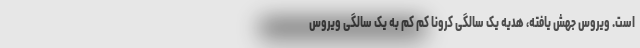
است. ویروس جهش یافته، هدیه یک سالگی کرونا کم کم به یک سالگی ویروس